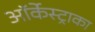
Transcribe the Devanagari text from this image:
ऑर्केस्ट्राका